Lunatic asylums Madras 1892-1911 - 1892-1911
Year: 1892
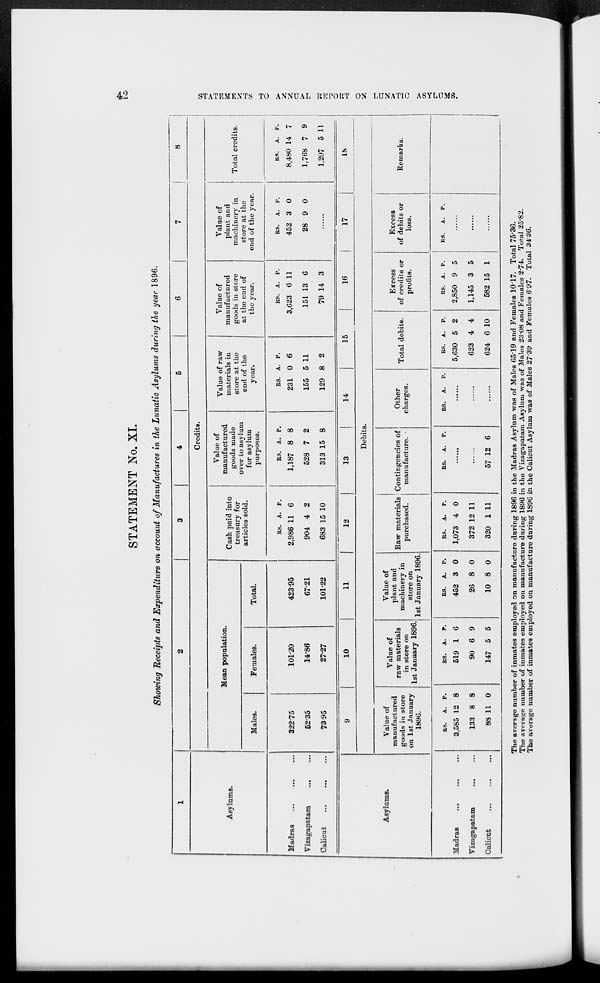
42
STATEMENTS TO ANNUAL REPORT ON LUNATIC ASYLUMS.
STATEMENT No. XI.
Showing Receipts and Expenditure on account of Manufactures in the Lunatic Asylums during the year 1896.
1
Asylums.
Madras
...
...
...
Vizagapatam ... ...
Calicut ... ... ...
2
3
4
5
6
7
8
Credits.
Mean population.
Males.
322.75
52.35
73.95
Females.
101.20
14.86
27.27
Total.
423.95
67.21
101.22
Cash paid into
treasury for
articles sold.
RS.
2,986
904
683
A.
11
4
15
P.
6
2
10
Value of
manufactured
goods made
over to asylum
for asylum
purposes.
RS.
1,187
528
313
A.
8
7
15
P.
8
2
8
Value of raw
materials in
store at the
end of the
year.
RS.
231
155
129
A.
0
5
8
P.
6
11
2
Value of
manufactured
goods in store
at the end of
the year.
RS.
3,623
151
79
A.
6
13
14
P.
11
6
3
Value of
plant and
machinery in
store at the
end of the year.
RS.
452
28
A.
3
9
P.
0
0
......
Total credits.
RS.
8,480
1,768
1,207
A.
14
7
5
P.
7
9
11
Asylums.
Madras
...
...
...
Vizagapatam
...
...
Calicut
...
...
...
9
10
11
12
13
14
15
16
17
18
Debits.
Value of
manufactured
goods in store
on 1st January
1896.
RS.
3,585
133
88
A.
12
8
11
P.
8
8
0
Value of
raw materials
in store on
1st January 1896.
RS.
519
90
147
A.
1
6
5
P.
6
9
5
Value of
plant and
machinery in
store on
1st January 1896.
RS.
452
26
10
A.
3
8
8
P.
0
0
0
Raw materials
purchased.
RS.
1,073
372
320
A.
4
12
1
P.
0
11
11
Contingencies of
manufacture.
RS.
A.
P.
......
......
57 12 6
Other
charges.
RS.
A. P.
......
......
......
Total debits.
RS.
5,630
623
624
A.
5
4
6
P.
2
4
10
Excess
of credits or
profits.
RS.
2,850
1,145
582
A.
9
3
15
P.
5
5
1
Excess
of debits or
loss.
RS.
A. P.
......
......
......
Remarks.
The average number of inmates employed on manufacture during 1896 in the Madras Asylum was of Males 65.19 and Females 10.17. Total 75.36.
The average number of inmates employed on manufacture during 1896 in the Vizagapatam Asylum was of Males 23.08 and Females 2.74. Total 25.82.
The average number of inmates employed on manufacture during 1896 in the Calicut Asylum was of Males 27.39 and Females 6.97. Total 34.36.